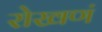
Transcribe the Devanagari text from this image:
रोखणं